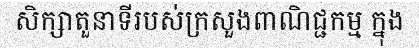
សិក្សាតួនាទីរបស់ក្រសួងពាណិជ្ជកម្ម ក្នុង